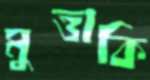
মুত্তাকি